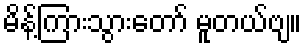
မိန့်ကြားသွားတော် မူတယ်ဗျ။